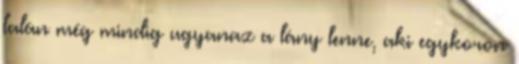
talán még mindig ugyanaz a lány lenne, aki egykoron